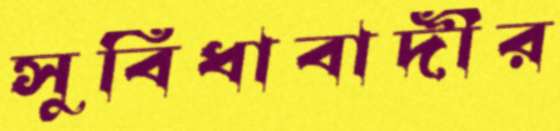
সুবিধাবাদীর